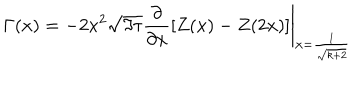
LaTeX: \Gamma ( x ) = \left. - 2 x ^ { 2 } \sqrt { \Im \tau } \frac { \partial } { \partial x } \left[ Z ( x ) - Z ( 2 x ) \right] \right| _ { x = \frac { 1 } { \sqrt { k + 2 } } }